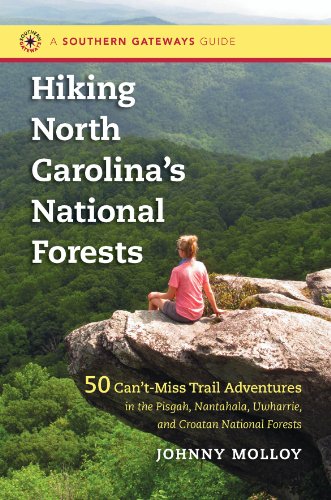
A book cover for Hiking North Carolina's National Forests: 50 Can't-Miss Trail Adventures in the Pisgah, Nantahala, Uwharrie, and Croatan National Forests (Southern Gateways Guides); Johnny Molloy; Science & Math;